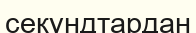
секундтардан